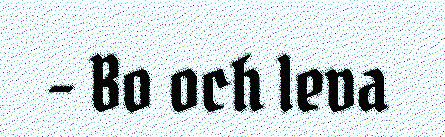
- Bo och leva